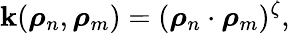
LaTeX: \mathbf{k}(\boldsymbol{\mathbf{{\rho}}}_{n},\boldsymbol{\mathbf{{\rho}}}_{m})=(\boldsymbol{\mathbf{{\rho}}}_{n}\cdot\boldsymbol{\mathbf{{\rho}}}_{m})^{\zeta},